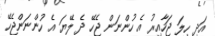
އަދި ހިލަ ޖަހާއިރު އެ ހުންނަން ޖެހޭ ދެ ލޭޔަ އެ ހުންނަންޖެހޭ